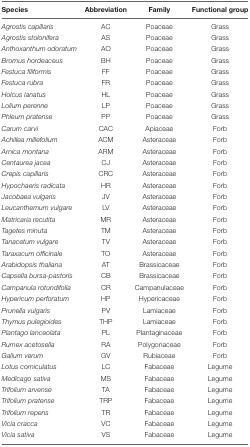
| Species | Abbreviation | Family | Functional group |
 | --- | --- | --- | --- |
 | Agrostis capillaris | AC | Poaceae | Grass |
 | Agrostis stolonifera | AS | Poaceae | Grass |
 | Anthoxanthum odoratum | AO | Poaceae | Grass |
 | Bromus hordeaceus | BH | Poaceae | Grass |
 | Festuca filiformis | FF | Poaceae | Grass |
 | Festuca rubra | FR | Poaceae | Grass |
 | Holcus lanatus | HL | Poaceae | Grass |
 | Lolium perenne | LP | Poaceae | Grass |
 | Phleum pratense | PP | Poaceae | Grass |
 | Carum carvi | CAC | Apiaceae | Forb |
 | Achillea millefolium | ACM | Asteraceae | Forb |
 | Arnica montana | ARM | Asteraceae | Forb |
 | Centaurea jacea | CJ | Asteraceae | Forb |
 | Crepis capillaris | CRC | Asteraceae | Forb |
 | Hypochaeris radicata | HR | Asteraceae | Forb |
 | Jacobaea vulgaris | JV | Asteraceae | Forb |
 | Leucanthemum vulgare | LV | Asteraceae | Forb |
 | Matricaria recutita | MR | Asteraceae | Forb |
 | Tagetes minuta | TM | Asteraceae | Forb |
 | Tanacetum vulgare | TV | Asteraceae | Forb |
 | Taraxacum officinale | TO | Asteraceae | Forb |
 | Arabidopsis thaliana | AT | Brassicaceae | Forb |
 | Capsella bursa-pastoris | CB | Brassicaceae | Forb |
 | Campanula rotundifolia | CR | Campanulaceae | Forb |
 | Hypericum perforatum | HP | Hypericaceae | Forb |
 | Prunella vulgaris | PV | Lamiaceae | Forb |
 | Thymus pulegioides | THP | Lamiaceae | Forb |
 | Plantago lanceolata | PL | Plantaginaceae | Forb |
 | Rumex acetosella | RA | Polygonaceae | Forb |
 | Galium verum | GV | Rubiaceae | Forb |
 | Lotus corniculatus | LC | Fabaceae | Legume |
 | Medicago sativa | MS | Fabaceae | Legume |
 | Trifolium arvense | TA | Fabaceae | Legume |
 | Trifolium pratense | TRP | Fabaceae | Legume |
 | Trifolium repens | TR | Fabaceae | Legume |
 | Vicia cracca | VC | Fabaceae | Legume |
 | Vicia sativa | VS | Fabaceae | Legume |